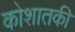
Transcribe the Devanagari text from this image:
कोशातकी